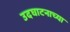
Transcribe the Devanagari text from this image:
उदघाटनाच्या